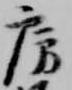
房